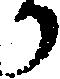
か